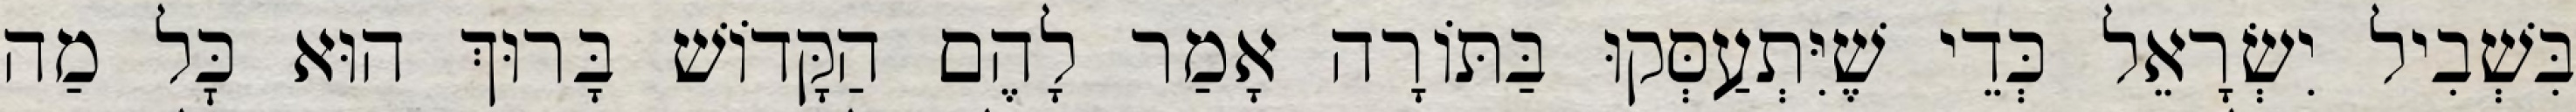
בִּשְׁבִיל יִשְׂרָאֵל כְּדֵי שֶׁיִּתְעַסְּקוּ בַּתּוֹרָה אָמַר לָהֶם הַקָּדוֹשׁ בָּרוּךְ הוּא כׇּל מַה